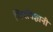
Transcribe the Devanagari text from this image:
जिवविज्ञानी